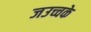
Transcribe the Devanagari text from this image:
जउच्चके